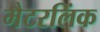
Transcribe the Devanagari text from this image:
मैटरलिंक